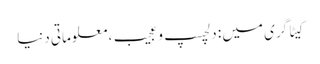
کیٹاگری میں : دلچسپ و عجیب، معلوماتی دنیا